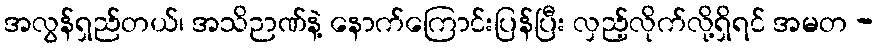
အလွန်ရှည်တယ်၊ အသိဉာဏ်နဲ့ နောက်ကြောင်းပြန်ပြီး လှည့်လိုက်လို့ရှိရင် အမတ -